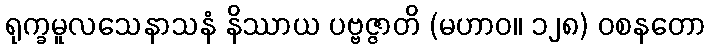
ရုက္ခမူလသေနာသနံ နိဿာယ ပဗ္ဗဇ္ဇာတိ (မဟာဝ။ ၁၂၈) ဝစနတော